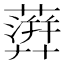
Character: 𧁕